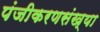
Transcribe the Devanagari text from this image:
पंजीकरणसंख्या